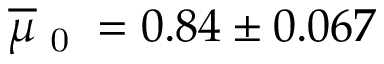
\overline { { \mu } } { \scriptsize _ \textrm { 0 } } = 0 . 8 4 \pm 0 . 0 6 7